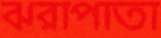
ঝরাপাতা